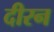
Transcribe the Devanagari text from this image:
दीरन